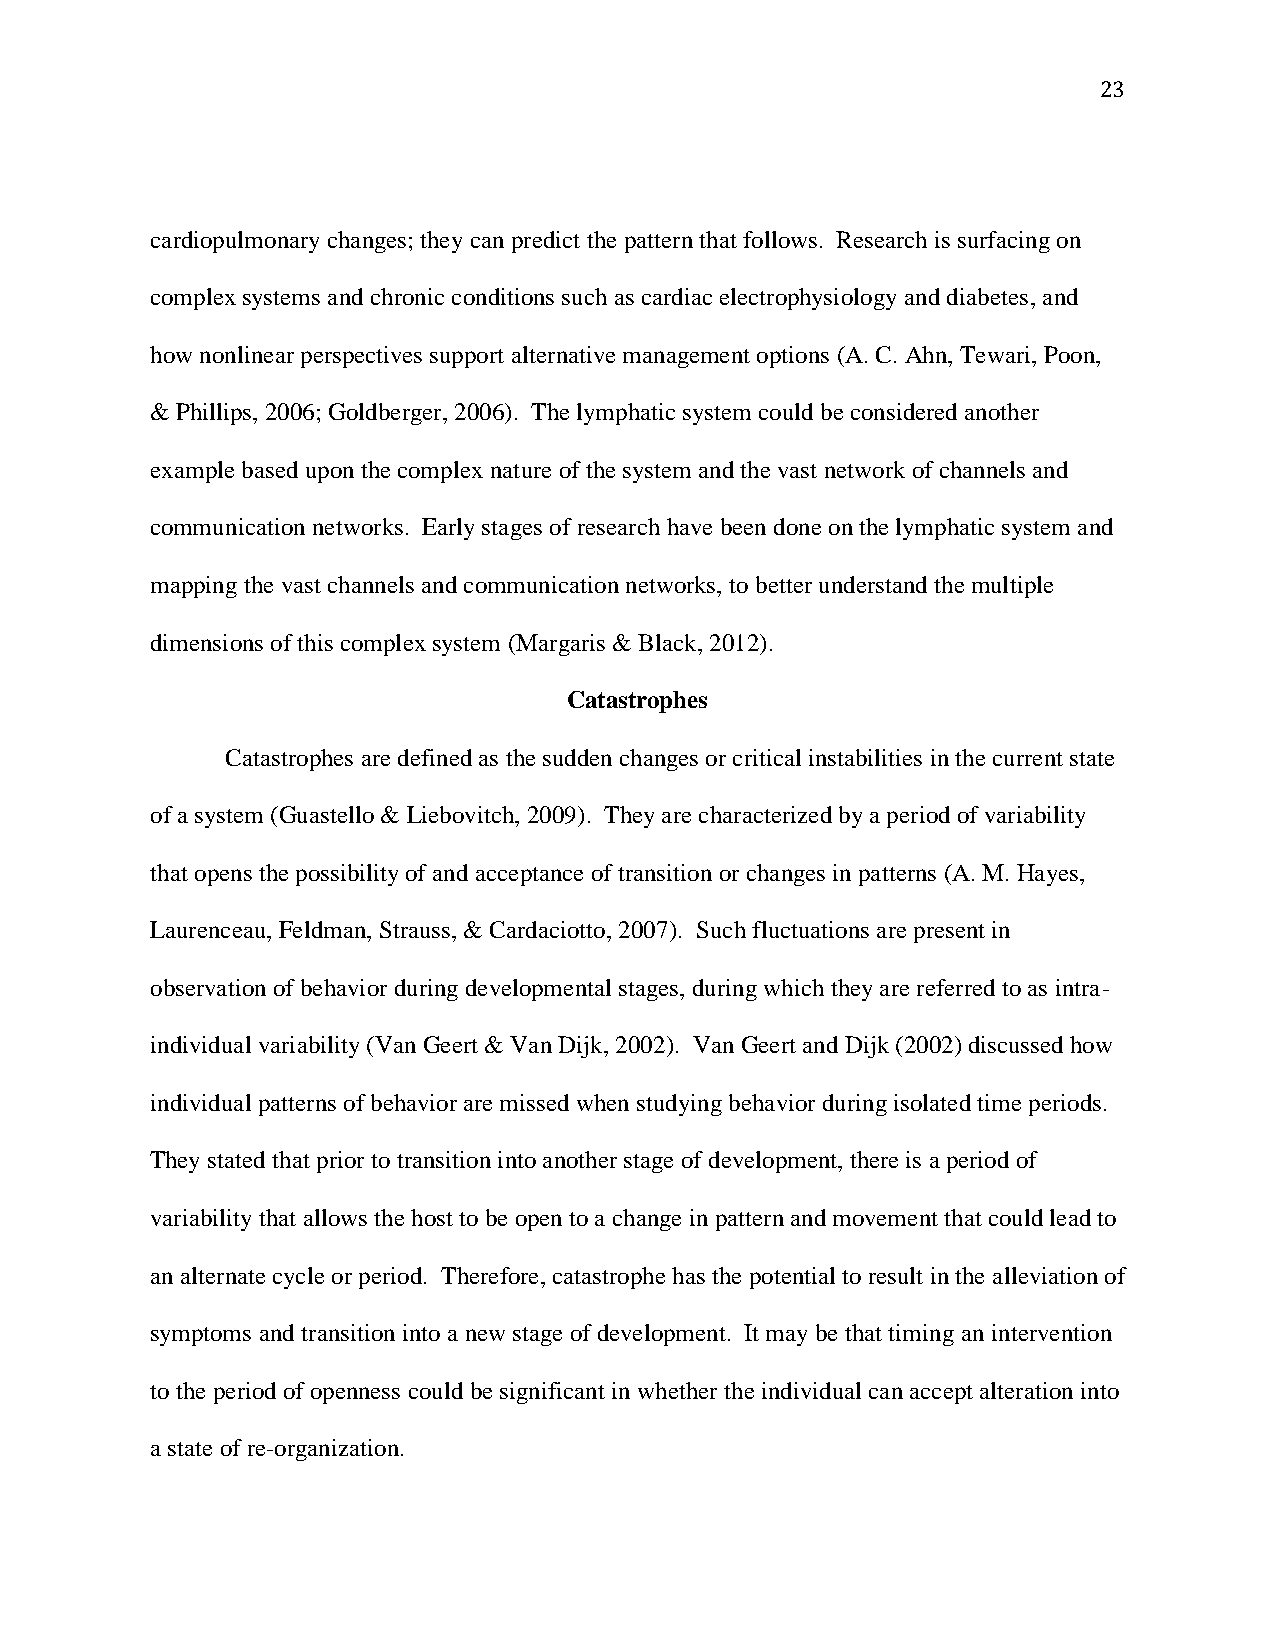
23
 cardiopulmonary changes; they can predict the pattern that follows. Research is surfacing on
 complex systems and chronic conditions such as cardiac electrophysiology and diabetes, and
 how nonlinear perspectives support alternative management options (A. C. Ahn, Tewari, Poon,
 & Phillips, 2006; Goldberger, 2006). The lymphatic system could be considered another
 example based upon the complex nature of the system and the vast network of channels and
 communication networks. Early stages of research have been done on the lymphatic system and
 mapping the vast channels and communication networks, to better understand the multiple
 dimensions of this complex system (Margaris & Black, 2012).
 Catastrophes
 Catastrophes are defined as the sudden changes or critical instabilities in the current state
 of a system (Guastello & Liebovitch, 2009). They are characterized by a period of variability
 that opens the possibility of and acceptance of transition or changes in patterns (A. M. Hayes,
 Laurenceau, Feldman, Strauss, & Cardaciotto, 2007). Such fluctuations are present in
 observation of behavior during developmental stages, during which they are referred to as intra-
 individual variability (Van Geert & Van Dijk, 2002). Van Geert and Dijk (2002) discussed how
 individual patterns of behavior are missed when studying behavior during isolated time periods.
 They stated that prior to transition into another stage of development, there is a period of
 variability that allows the host to be open to a change in pattern and movement that could lead to
 an alternate cycle or period. Therefore, catastrophe has the potential to result in the alleviation of
 symptoms and transition into a new stage of development. It may be that timing an intervention
 to the period of openness could be significant in whether the individual can accept alteration into
 a state of re-organization.